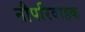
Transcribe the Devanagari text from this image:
नौपरिवाहक